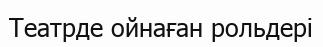
Театрде ойнаған рольдері